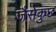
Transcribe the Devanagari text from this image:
जैसेकुछ